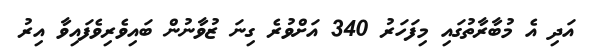
އަދި އެ މުބާރާތުގައި މިފަހަރު 340 އަށްވުރެ ގިނަ ޒުވާނުން ބައިވެރިވެފައިވާ އިރު